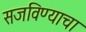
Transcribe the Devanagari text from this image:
सजविण्याचा